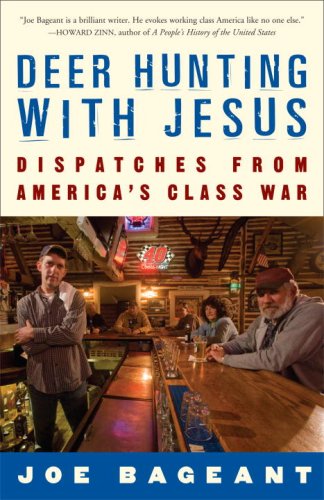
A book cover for Deer Hunting with Jesus: Dispatches from America's Class War; Joe Bageant; Politics & Social Sciences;